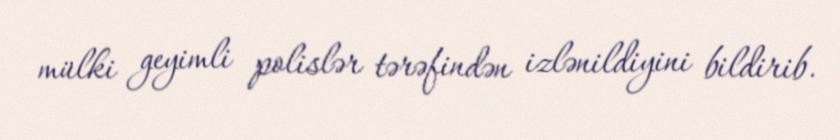
mülki geyimli polislər tərəfindən izlənildiyini bildirib.